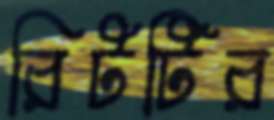
রিটটির